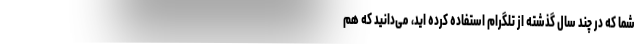
شما که در چند سال گذشته از تلگرام استفاده کرده اید، می‌دانید که هم